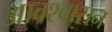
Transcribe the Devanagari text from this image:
आवश्‍वासन